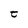
Character: t